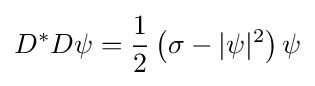
D^{*}D\psi ={\frac {1}{2}}\left(\sigma -\vert \psi \vert ^{2}\right)\psi